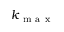
k _ { \mathrm { ~ m ~ a ~ x ~ } }